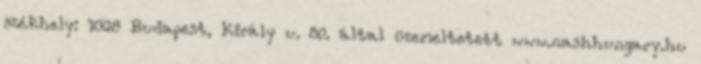
székhely: 1068 Budapest, Király u. 80. által üzemeltetett www.nashhungary.hu